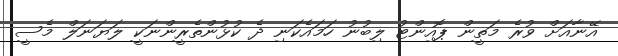
އޭނާއަށް ވުރެ މަތީން ޕޮއިންޓު ލިބުނު ހަމައެކަނި ދެ ކުޅުންތެރީންނަކީ ލަޔަނަލް މެސީ